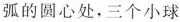
弧的圆心处，三个小球